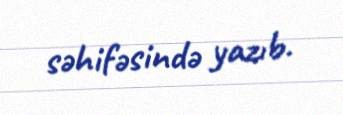
səhifəsində yazıb.